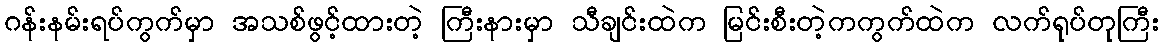
ဂန်းနမ်းရပ်ကွက်မှာ အသစ်ဖွင့်ထားတဲ့ ကြီးနားမှာ သီချင်းထဲက မြင်းစီးတဲ့ကကွက်ထဲက လက်ရုပ်တုကြီး